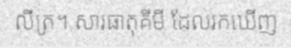
លីត្រ។ សារធាតុគីមី ដែលរកឃើញ